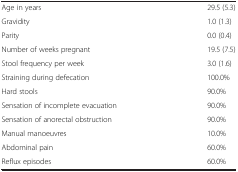
<table><thead><tr><td><b> </b></td><td><b> </b></td></tr></thead><tbody><tr><td>Age in years</td><td>29.5 (5.3)</td></tr><tr><td>Gravidity</td><td>1.0 (1.3)</td></tr><tr><td>Parity</td><td>0.0 (0.4)</td></tr><tr><td>Number of weeks pregnant</td><td>19.5 (7.5)</td></tr><tr><td>Stool frequency per week</td><td>3.0 (1.6)</td></tr><tr><td>Straining during defecation</td><td>100.0%</td></tr><tr><td>Hard stools</td><td>90.0%</td></tr><tr><td>Sensation of incomplete evacuation</td><td>90.0%</td></tr><tr><td>Sensation of anorectal obstruction</td><td>90.0%</td></tr><tr><td>Manual manoeuvres</td><td>10.0%</td></tr><tr><td>Abdominal pain</td><td>60.0%</td></tr><tr><td>Reflux episodes</td><td>60.0%</td></tr></tbody></table>